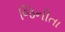
જિનીતા